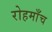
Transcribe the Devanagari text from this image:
रोहमाँच